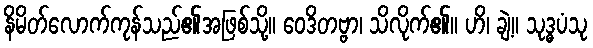
နိမိတ်လောက်ကုန်သည်၏အဖြစ်သို့။ ဝေဒိတဗ္ဗာ၊ သိလိုက်၏။ ဟိ၊ ချဲ့။ သုဒ္ဓပံသု